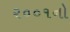
૨૦૦૧નો